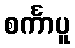
စင်္ကာပူ